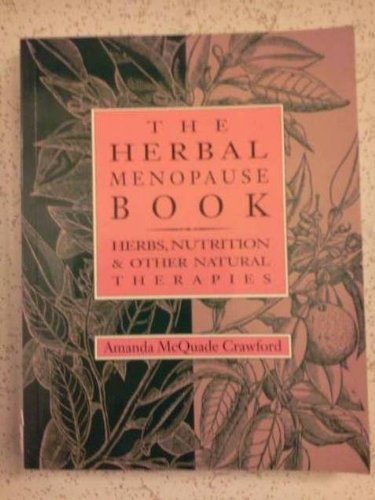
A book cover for The Herbal Menopause Book; Health, Fitness & Dieting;